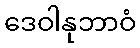
ဒေဝါနုဘာဝံ